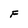
Character: F